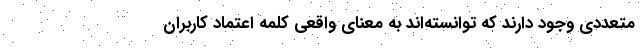
متعددی وجود دارند که توانسته‌اند به معنای واقعی کلمه اعتماد کاربران